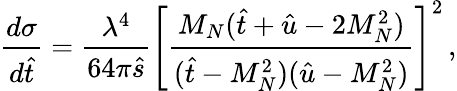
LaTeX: {\frac{d\sigma}{d\hat{t}}}={\frac{\lambda^{4}}{64\pi\hat{s}}}\left[{\frac{M_{N}(\hat{t}+\hat{u}-2M_{N}^{2})}{(\hat{t}-M_{N}^{2})(\hat{u}-M_{N}^{2})}}\right]^{2}\, ,